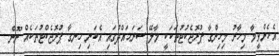
އެހެންވީމާ މިހާރު މިހިންގާ ޕުރޮޖެކުޓުތަކަކީ މާލޭ ސަރަޙައްދުގައި އެކަނި ހިނގާ ޕުރޮޖެކްޓުތަކެއް ނޫން.